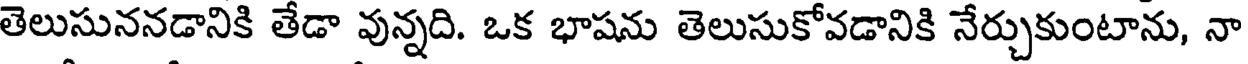
తెలుసుననడానికి తేడా వున్నది. ఒక భాషను తెలుసుకోవడానికి నేర్చుకుంటాను, నా